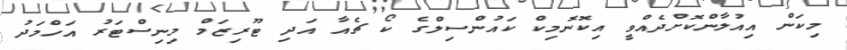
މިކަން އިއުލާންކޮށްދެއްވީ އިކޮނޮމިކް ކައުންސިލްގެ ކޯ ޗެއާ އަދި ޓޫރިޒަމް މިނިސްޓަރު އަހްމަދު